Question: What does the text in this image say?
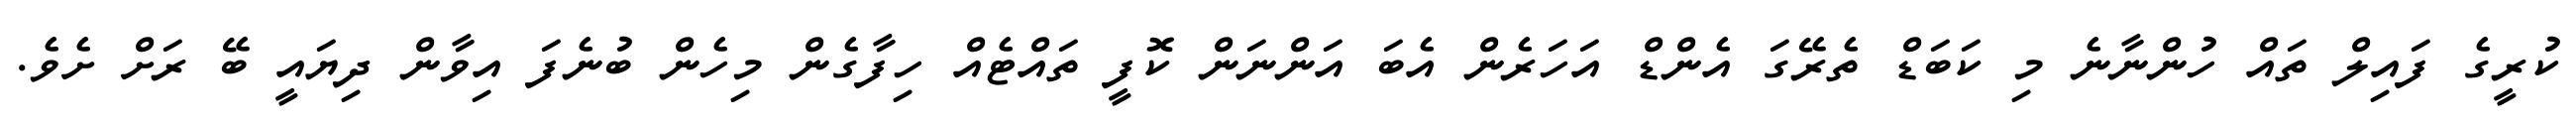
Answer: ކުރީގެ ފައިލް ތައް ހުންނާނެ މި ކަބަޑް ތެރޭގަ އެންޑް އަހަރެން އެބަ އަންނަން ކޮފީ ތައްޓެއް ހިފާގެން މިހެން ބުނެފަ އިވާން ދިޔައީ ބޭ ރަށް ށެވެ.